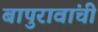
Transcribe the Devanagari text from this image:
बापुरावांची